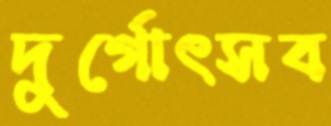
দুর্গোৎসব